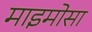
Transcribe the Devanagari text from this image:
माइमोसा